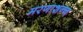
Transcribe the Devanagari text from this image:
मरणाशन्‍न